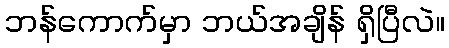
ဘန်ကောက်မှာ ဘယ်အချိန် ရှိပြီလဲ။